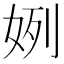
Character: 𫰞